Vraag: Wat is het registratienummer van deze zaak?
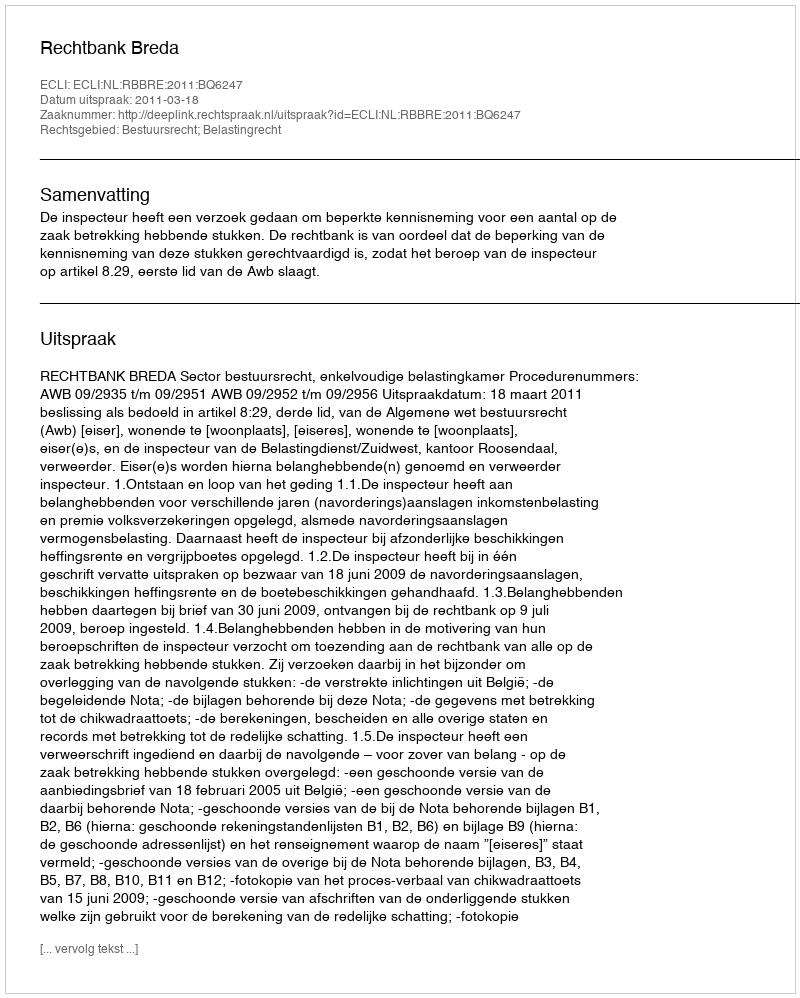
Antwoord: http://deeplink.rechtspraak.nl/uitspraak?id=ECLI:NL:RBBRE:2011:BQ6247